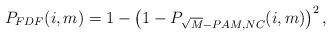
LaTeX: \begin{align*}P_{FDF}(i,m)&=1-\left(1-P_{\sqrt{M}-PAM,NC}(i,m)\right)^2,\end{align*}